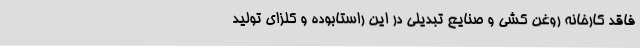
فاقد کارخانه روغن کشی و صنایع تبدیلی در این راستابوده و کلزای تولید